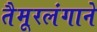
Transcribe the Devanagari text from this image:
तैमूरलंगाने